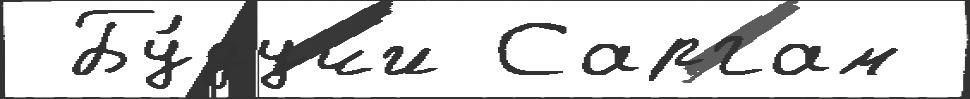
 Бу́дучи Саргам